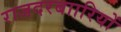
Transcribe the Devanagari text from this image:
राजदरबाारियों